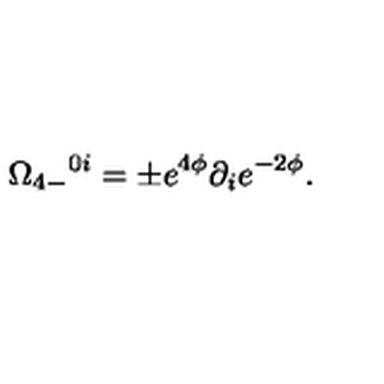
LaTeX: \Omega _ { 4 - } { } ^ { 0 i } = \pm e ^ { 4 \phi } \partial _ { i } e ^ { - 2 \phi } .